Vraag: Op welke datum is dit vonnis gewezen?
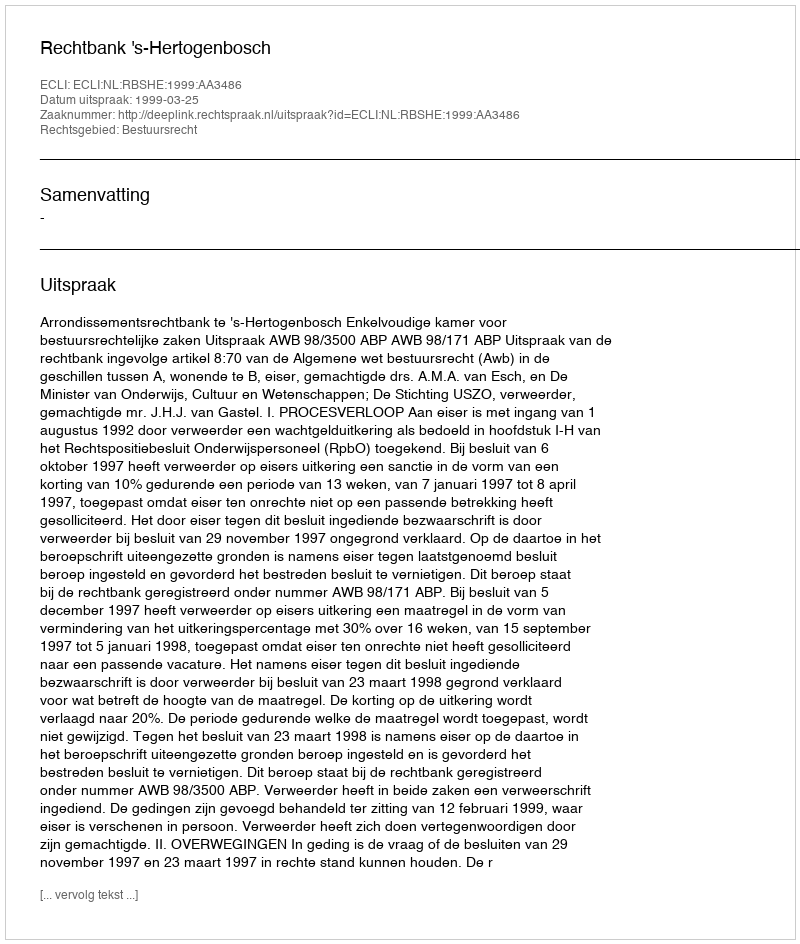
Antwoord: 1999-03-25